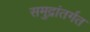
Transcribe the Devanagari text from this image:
समुद्रांतर्गत